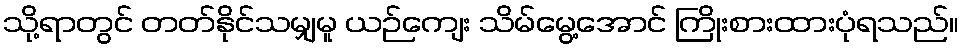
သို့ရာတွင် တတ်နိုင်သမျှမူ ယဉ်ကျေး သိမ်မွေ့အောင် ကြိုးစားထားပုံရသည်။